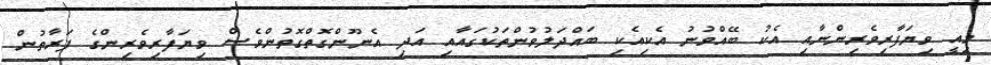
މިއީ ވިޔަފާރިވެރިންނާއި އެކު ބޭއްވުނު އެކިއެކި ބައްދަލުވުންތަކުގައާއި އަދި އެނޫންގޮތްގޮތުންވެސް ވިޔަފާރިވެރިންގެ ފަރާތުން